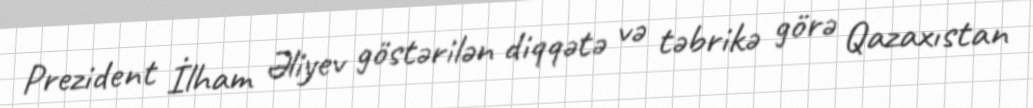
Prezident İlham Əliyev göstərilən diqqətə və təbrikə görə Qazaxıstan